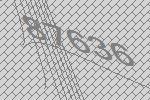
87636